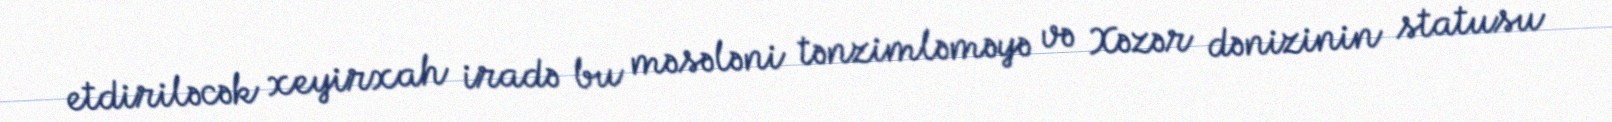
etdiriləcək xeyirxah iradə bu məsələni tənzimləməyə və Xəzər dənizinin statusu